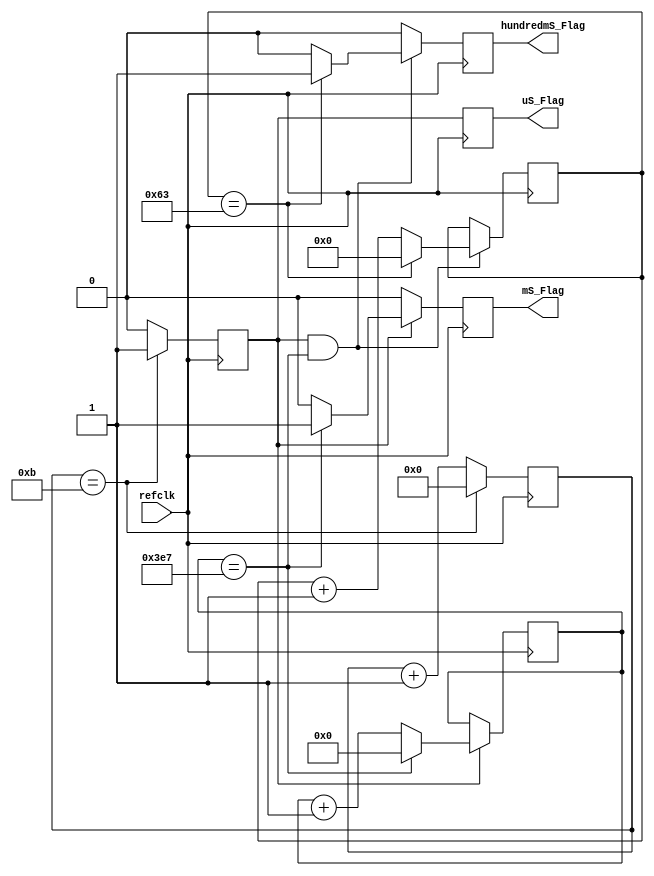
//`timescale 1ns/1ns
//-----------------------------------------------------
// Design Name : timerflags
// Function    : Toggle the LEDs in a determinstic fashion
// Coder       : SDM
//-----------------------------------------------------
// Generates timing pulse so this doesn't have to be done everywhere in the chip
//
// Updates:
// 11.18.23 - First implementation based on Example Flasher.v code
//
module timerflags
  #(
      parameter INPUT_CLK_FREQ = 12_000_000  // default input clock
  )
  (
      // inputs
      input   refclk,
      // outputs
      output  uS_Flag,
      output  mS_Flag,
      output  hundredmS_Flag
  );

  // This module generates single systick wide pulses at the specified time intervals 
  // to avoid upper stages having to do a lot of counting

   // YOSYS did not like the math in the following statements.
  //localparam SYSTICKS_PER_US = INPUT_CLK_FREQ / 1e6;
  localparam SYSTICKS_PER_US = 12;
  //localparam FBITS = $clog2(INPUT_CLK_FREQ/1e6);
  localparam FBITS = 4;

  
  // ICE40 Initializes all to zeroes
  reg               mstr_pulse =0;
  reg   [FBITS-1:0] mstrcnt = 0;
  reg               uS_Pulse =0;
  reg               mS_Pulse =0;
  reg   [9:0]       mSCount = 0;  
  reg               tenth_Pulse;
  reg   [6:0]       tenthCount = 0;  


  // assign the outputs
  assign uS_Flag = uS_Pulse;
  assign mS_Flag = mS_Pulse;
  assign hundredmS_Flag = tenth_Pulse;

  // master uS counter;
  always @(posedge refclk) begin
    if( mstrcnt == (SYSTICKS_PER_US-1)) begin
      mstr_pulse <= 1'b1;
      mstrcnt <= 0;
    end
    else begin
      mstr_pulse <= 1'b0;
      mstrcnt <= mstrcnt + 1'b1;
    end
  end

  // master mS counter;
  always @(posedge refclk) begin
    if(mstr_pulse)begin
      if( mSCount == 999) begin
        mS_Pulse <= 1'b1;
        mSCount <= 0;
      end
      else begin
        mS_Pulse <= 1'b0;
        mSCount <= mSCount + 1'b1;
      end
    end
    else begin
      mSCount <= mSCount;
      mS_Pulse <= 1'b0;
    end
  end

  // master tenth counter;
  always @(posedge refclk) begin
    if(mstr_pulse && (mSCount==999))begin
      if( tenthCount == 99) begin
        tenth_Pulse <= 1'b1;
        tenthCount <= 0;
      end
      else begin
        tenth_Pulse <= 1'b0;
        tenthCount <= tenthCount + 1'b1;
      end
    end
    else begin
      tenthCount <= tenthCount;
      tenth_Pulse <= 1'b0;
    end
  end
  
  // pipeline the uS pulse so everything lines up.
  always @(posedge refclk)  uS_Pulse <= mstr_pulse;

endmodule